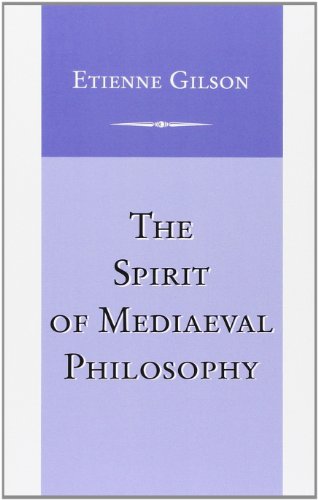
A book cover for The Spirit of Mediaeval Philosophy; Etienne Gilson; Politics & Social Sciences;